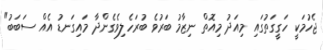
ޖެހުމަކީ ހަގީގަތުގައި މިއަދު މިއޮތް ނިޒާމު ބަރުވެ ބުރަހެލިވެގެންދާ މައިގަނޑު އެއް ސަބަބު"